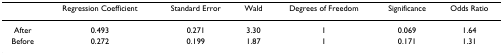
<table><thead><tr><td></td><td><b>Regression Coefficient</b></td><td><b>Standard Error</b></td><td><b>Wald</b></td><td><b>Degrees of Freedom</b></td><td><b>Significance</b></td><td><b>Odds Ratio</b></td></tr></thead><tbody><tr><td>After</td><td>0.493</td><td>0.271</td><td>3.30</td><td>1</td><td>0.069</td><td>1.64</td></tr><tr><td>Before</td><td>0.272</td><td>0.199</td><td>1.87</td><td>1</td><td>0.171</td><td>1.31</td></tr></tbody></table>